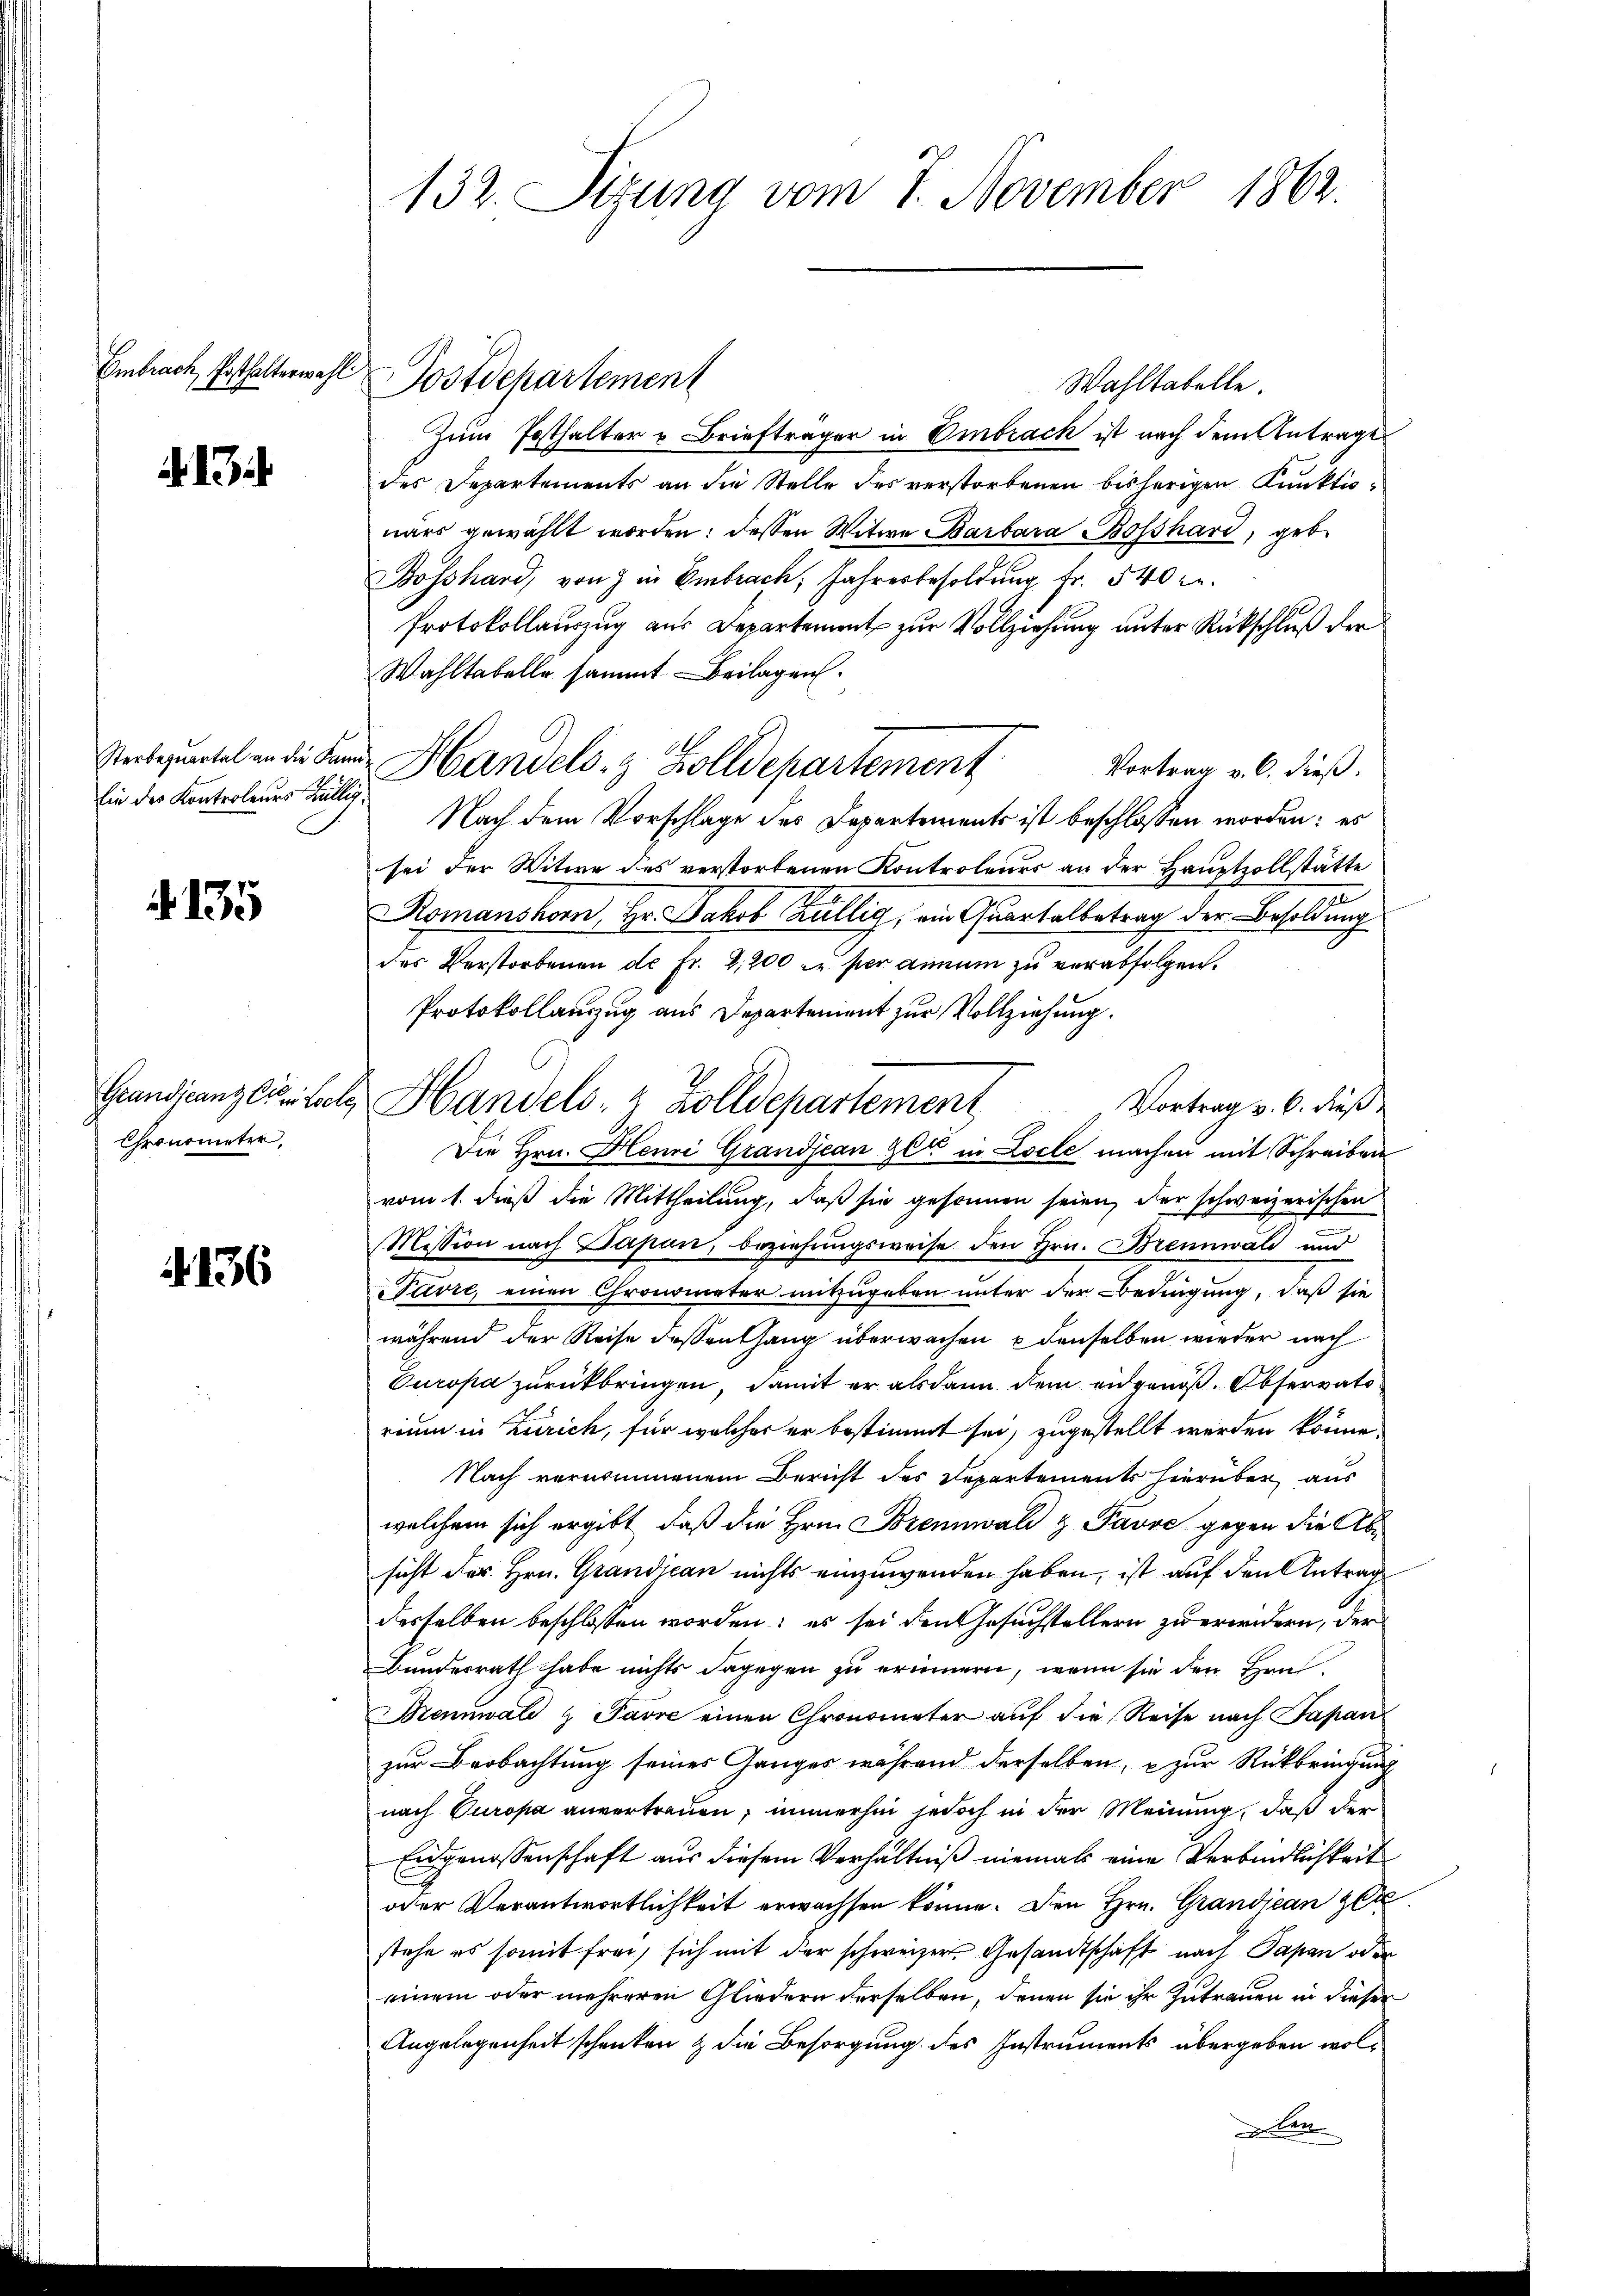
Embrach, Posthalterwahl

1

lin des Kontroleurs willig

135

Chronometer,

136

132. Sitzung vom 7. November 1862.

Postdepartement

Verantel an die Sand Handels- & Zolldepartement

Grandjeangeistete Handels- & Zolldepartement

Zum Posthalter u Briefträger in Embrack ist nach dem Antrage
des Departements an die Stelle des verstorbenen bisherigen Kunktinärs gewählt worden: dessen Witwe Barbara Bosshard, geb.
Bosshard, von 7 in Embrach, Jahresbesoldung fr. 540 r
Protokollauszug aus Departement zur Vollziehung unter Rückschluß der
Wahltabelle sammt Beilagen.
Vortrag v. 6. dieß.
Nach dem Vorschlage des Departements ist beschlossen worden: es
sei der Witwe des verstorbenen Kontroleurs an der Hauptzollstätte
Romanshorn, Hr. Jakob Köllig, ein Quartalbetrag der Besoldung
des Verstorbenen de fr. 2,200 zu per annum zu verabfolgen.
Protokollauszug aus Departement zur Vollziehung.
Vortrag v. 6. dieß
Die Hrn. Henri Grandjean Ger in Locle machen mit Schreiben
vom 1. dieß die Mittheilung, daß sie gesonnen seien, der schweizerischen
Mission nach Papan, beziehungsweise den Hrn. Brennwald und
Pavre, einen Chronometer mitzugeben unter der Bedingung, daß sie
während der Reise dessenhang überwachen denselben wieder nach
Europa zurückbringen, damit er alsdann dem eidgenöß. Observato
rium in Zürich, für welcher er bestimmt sei, zugestellt werden könne.
Nach vernommenem Bericht des Departements hierüber aus
welchem sich ergibt, daß die Hrn. Brennwald & Pavve gegen die Abe
sicht der Hrn. Grandjean nichts einzuwenden haben, ist auf den Antrag
desselben beschlossen worden; es sei den Gesuchstellern zu erwidern, der
Bundesrath habe nichts dagegen zu erinnern, wenn sie den Hrn.
Mennwald & Favre einen Chronometer auf die Reise nach Papan
zur Beobachtung seines Ganges während derselben, zur Rückbringung
nach Europa anvertrauen, immerhin jedoch in der Meinung, daß der
Eingenossenschaft aus diesem Verhältniß niemals eine Verbindlichkeit
oder Verantwortlichkeit erwachsen könne. Den Hrn. Grandican get
stehe es somit frei, sich mit der schweizer Gesandtschaft nach Papan oder
einem oder mehreren Gliedern derselben, denen sie ihr Zutrauen in dieser
Angelegenheit schenken & die Besorgung des Instruments übergeben wolden

Wahltatelle.